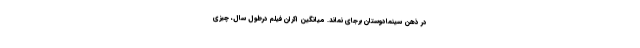
در ذهن سینمادوستان برجای نماند. میانگین اکران فیلم درطول سال، چیزی